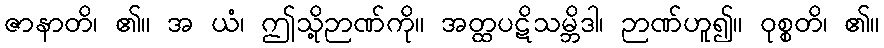
ဇာနာတိ၊ ၏။ အ ယံ၊ ဤသို့ဉာဏ်ကို။ အတ္ထပဋိသမ္ဘိဒါ၊ ဉာဏ်ဟူ၍။ ဝုစ္စတိ၊ ၏။